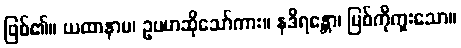
ဖြစ်၏။ ယထာနာမ၊ ဥပမာဆိုသော်ကား။ နဒိရန္တော၊ မြစ်ကိုကူးသော။